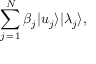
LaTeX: \sum _ { j \mathop { = } 1 } ^ { N } \beta _ { j } | u _ { j } \rangle | \lambda _ { j } \rangle ,